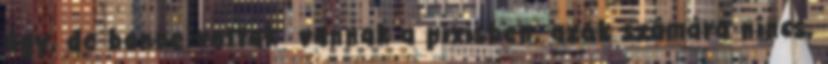
úgy, de ben­ne voltak vannak a pixisben, azok számára nincs,